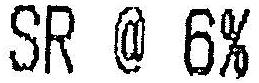
SR @ 6%